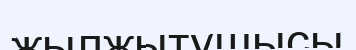
жылжытушысы